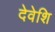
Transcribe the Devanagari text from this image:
देवेशि